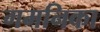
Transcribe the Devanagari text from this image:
गमनिका